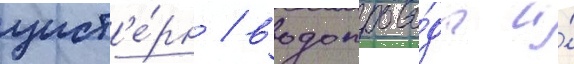
цист'е́рн / водопрово́ды и́